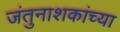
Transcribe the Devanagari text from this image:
जंतुनाशकांच्या